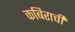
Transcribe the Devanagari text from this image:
कबिराची